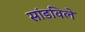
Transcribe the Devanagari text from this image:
सांडविले